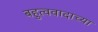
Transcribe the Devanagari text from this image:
बहुत्ववादाच्या